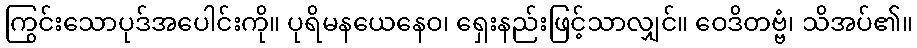
ကြွင်းသောပုဒ်အပေါင်းကို။ ပုရိမနယေနေဝ၊ ရှေးနည်းဖြင့်သာလျှင်။ ဝေဒိတဗ္ဗံ၊ သိအပ်၏။